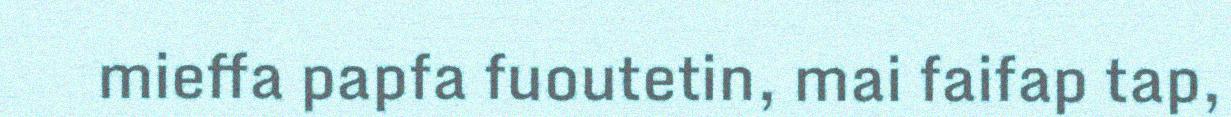
mieffa papfa fuoutetin, mai faifap tap,